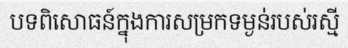
បទពិសោធន៍ក្នុងការសម្រកទម្ងន់របស់រស្មី